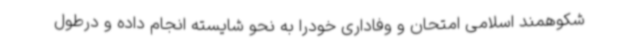
شکوهمند اسلامی امتحان و وفاداری خودرا به نحو شایسته انجام داده و درطول